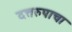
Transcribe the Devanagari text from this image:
दत्तरुपाचा